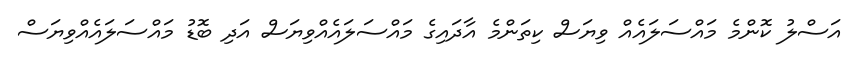
އަސްލު ކޮންމެ މައްސަލައެއް ވިޔަސް ކިތަންމެ އާދައިގެ މައްސަލައެއްވިޔަސް އަދި ބޮޑު މައްސަލައެއްވިޔަސް